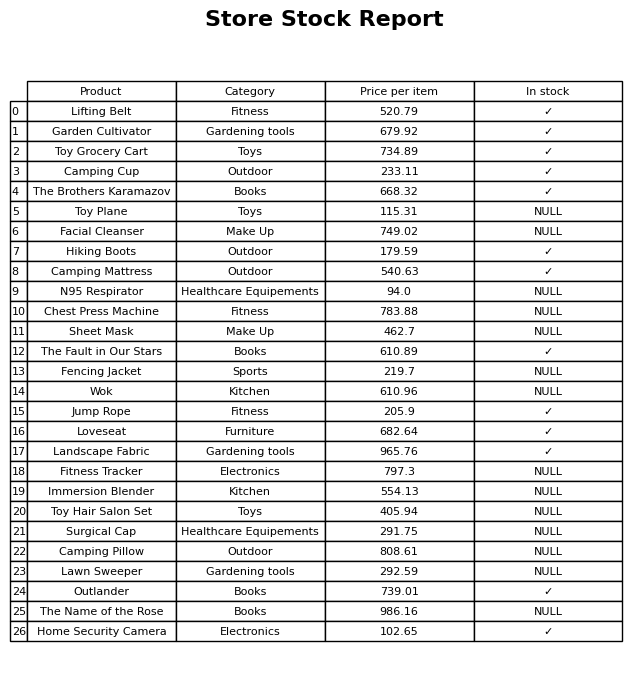
question: What is the stock status of the Lawn Sweeper?
answer: NULL